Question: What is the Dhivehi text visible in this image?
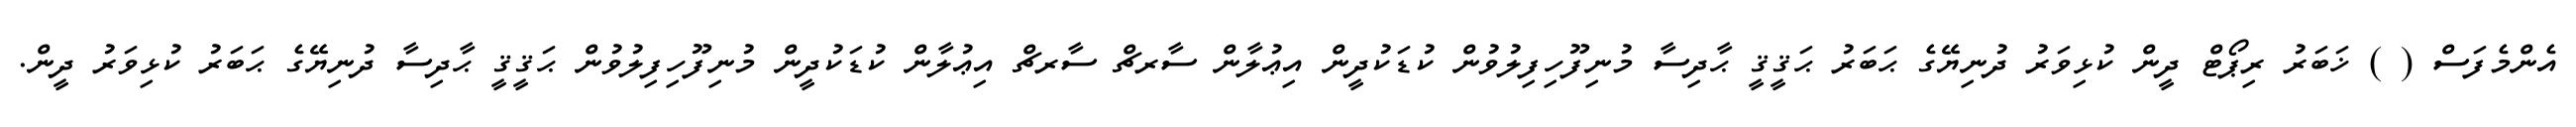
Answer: އެންމެފަސް ( ) ޚަބަރު ރިޕޯޓް ދީން ކުޅިވަރު ދުނިޔޭގެ ޙަބަރު ޙަޤީޤީ ޙާދިސާ މުނިފޫހިފިލުވުން ކުޑަކުދީން އިޢުލާން ސާރޗް ސާރޗް އިޢުލާން ކުޑަކުދީން މުނިފޫހިފިލުވުން ޙަޤީޤީ ޙާދިސާ ދުނިޔޭގެ ޙަބަރު ކުޅިވަރު ދީން.